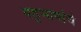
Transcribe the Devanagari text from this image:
बहुभाषांचे